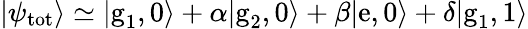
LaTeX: |\psi_{\textrm{tot}}\rangle\simeq|\textrm{g}_{1},0\rangle+\alpha|\textrm{g}_{2},0\rangle+\beta|\textrm{e},0\rangle+\delta|\textrm{g}_{1},1\rangle